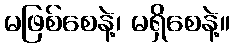
မဖြစ်စေနဲ့၊ မရှိစေနဲ့။